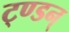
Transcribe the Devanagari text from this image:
ट्ण्डन्